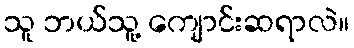
သူ ဘယ်သူ့ ကျောင်းဆရာလဲ။